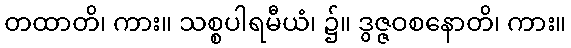
တထာတိ၊ ကား။ သစ္စပါရမီယံ၊ ၌။ ဒွဇ္ဇဝစနောတိ၊ ကား။